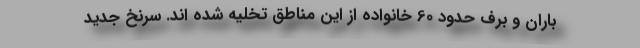
باران و برف حدود 60 خانواده از این مناطق تخلیه شده اند. سرنخ جدید